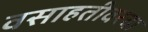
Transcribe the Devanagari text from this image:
वसाहतीवरचा